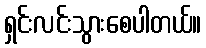
ရှင်းလင်းသွားစေပါတယ်။